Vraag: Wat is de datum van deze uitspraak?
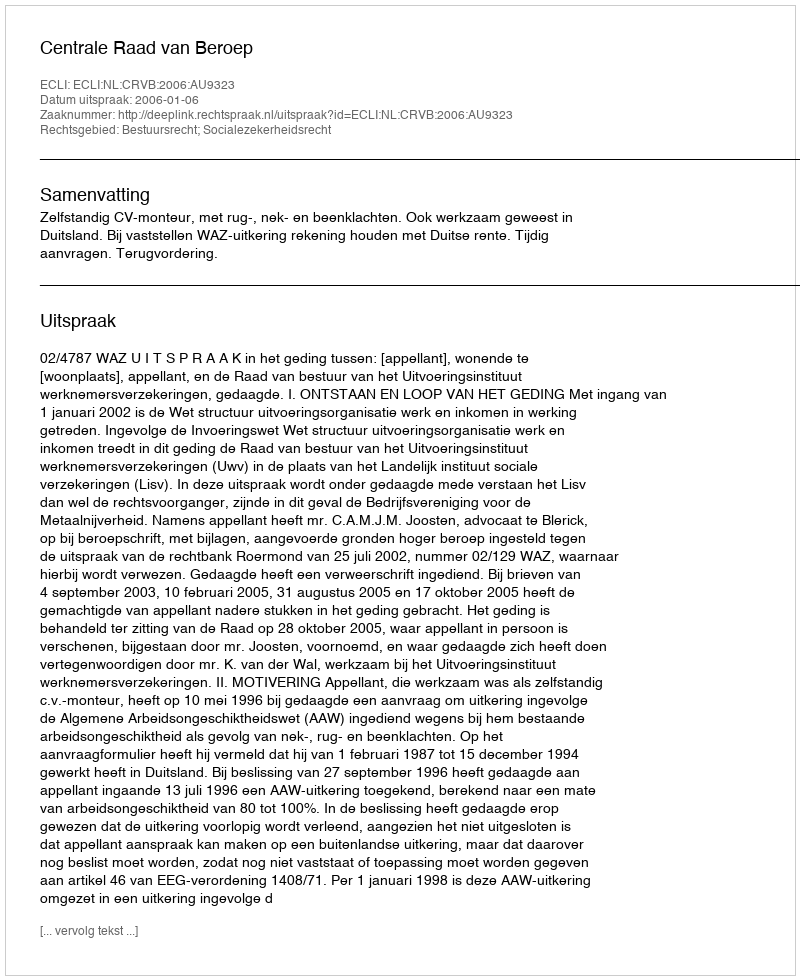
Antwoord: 2006-01-06